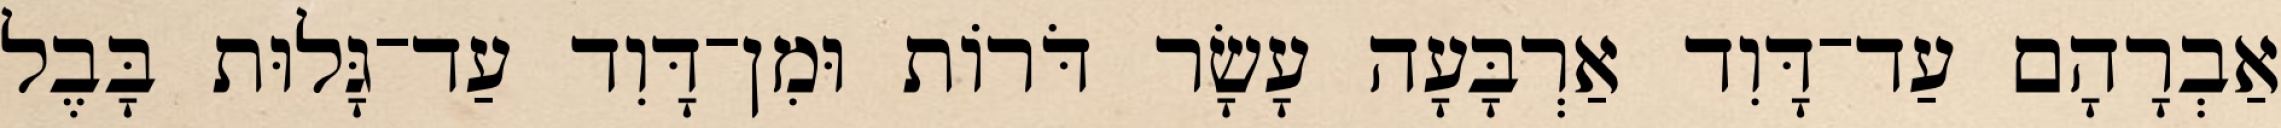
אַבְרָהָם עַד־דָּוִד אַרְבָּעָה עָשָׂר דֹּרוֹת וּמִן־דָּוִד עַד־גָּלוּת בָּבֶל